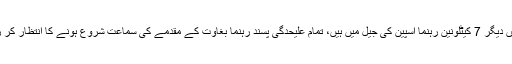
علاوہ ازیں دیگر 7 کیٹلونین رہنما اسپین کی جیل میں ہیں، تمام علیحدگی پسند رہنما بغاوت کے مقدمے کی سماعت شروع ہونے کا انتظار کر رہے ہیں۔